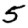
Digit: 5